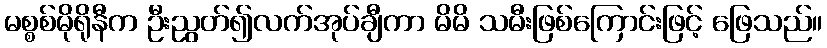
မစ္စစ်မိုရိုနီက ဦးညွတ်၍လက်အုပ်ချီကာ မိမိ သမီးဖြစ်ကြောင်းဖြင့် ဖြေသည်။